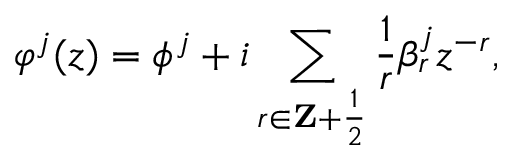
\varphi ^ { j } ( z ) = \phi ^ { j } + i \sum _ { r \in { \bf Z } + { \frac { 1 } { 2 } } } { \frac { 1 } { r } } \beta _ { r } ^ { j } z ^ { - r } ,